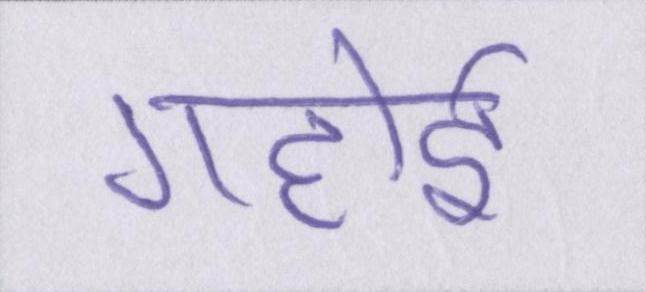
गहोई